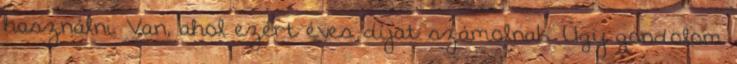
használni. Van, ahol ezért éves díjat számolnak. Úgy gondolom